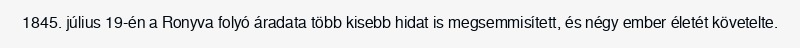
1845. július 19-én a Ronyva folyó áradata több kisebb hidat is megsemmisített, és négy ember életét követelte.